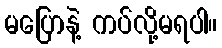
မပြောနဲ့ ကပ်လို့မရပါ။